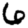
Digit: 6